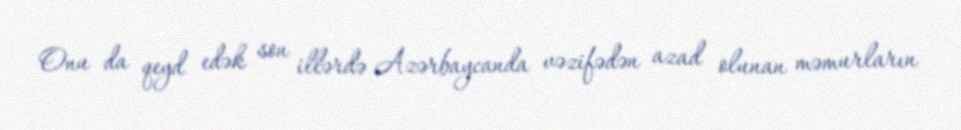
Onu da qeyd edək son illərdə Azərbaycanda vəzifədən azad olunan məmurların